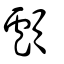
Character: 顱